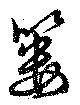
簍